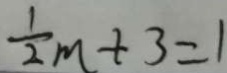
\frac { 1 } { 2 } m + 3 = 1